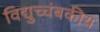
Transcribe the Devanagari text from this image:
विद्युच्चंबकीय